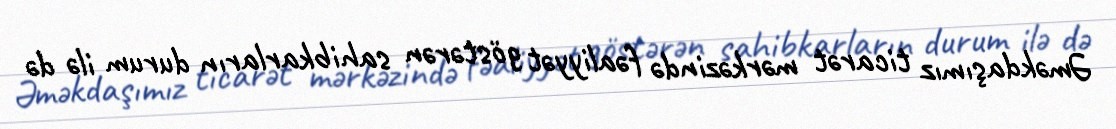
Əməkdaşımız ticarət mərkəzində fəaliyyət göstərən sahibkarların durum ilə də